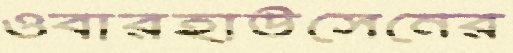
ওবারহাউসেনের